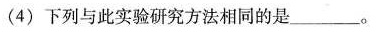
(4)下列与此实验研究方法相同的是___。